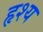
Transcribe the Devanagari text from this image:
हृश्य